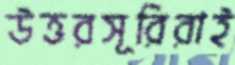
উত্তরসূরিরাই